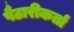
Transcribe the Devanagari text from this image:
पैठारीकर्ता